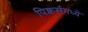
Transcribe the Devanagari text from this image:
पिक्चर्समध्ये